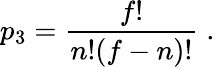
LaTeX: p_{3}={\frac{f!}{n!(f-n)!}}\; .